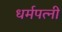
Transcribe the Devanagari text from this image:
धर्मपत्‍नी